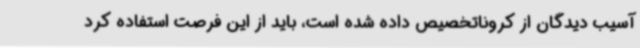
آسیب دیدگان از کروناتخصیص داده شده است، باید از این فرصت استفاده کرد